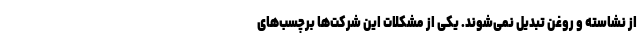
از نشاسته و روغن تبدیل نمی‌شوند. یکی از مشکلات این شرکت‌ها برچسب‌های